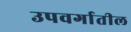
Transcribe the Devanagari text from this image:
उपवर्गातील